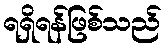
ရရှိရန်ဖြစ်သည်